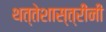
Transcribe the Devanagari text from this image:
थत्तेशास्त्रींनी